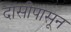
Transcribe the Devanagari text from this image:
दासीपासून